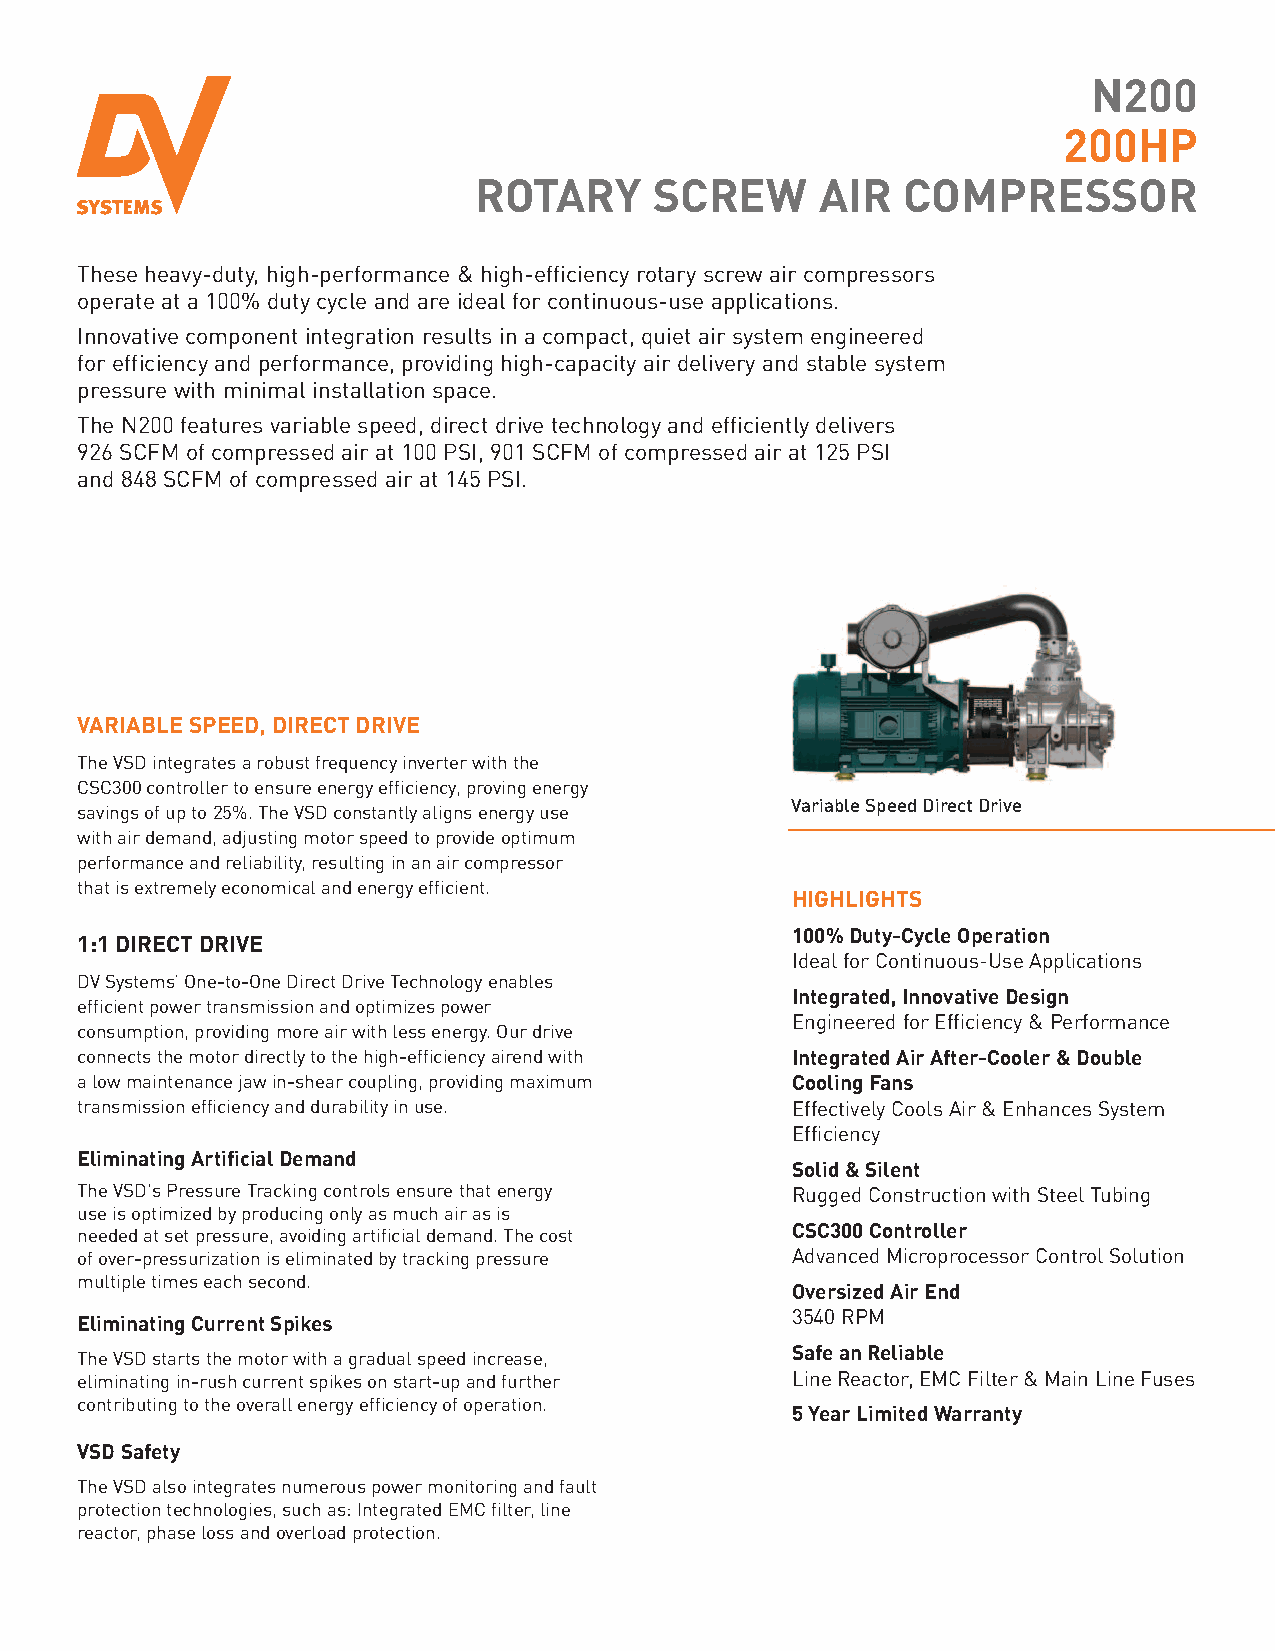
N200
 200HP
 ROTARY      SCREW      AIR   COMPRESSOR
 These heavy-duty, high-performance & high-efficiency rotary screw air compressors
 operate at a 100% duty cycle and are ideal for continuous-use applications.
 Innovative component integration results in a compact, quiet air system engineered
 for efficiency and performance, providing high-capacity air delivery and stable system
 pressure with minimal installation space.
 The N200 features variable speed, direct drive technology and efficiently delivers
 926 SCFM of compressed air at 100 PSI, 901 SCFM of compressed air at 125 PSI
 and 848 SCFM of compressed air at 145 PSI.
 VARIABLE SPEED, DIRECT DRIVE
 The VSD integrates a robust frequency inverter with the
 CSC300 controller to ensure energy efficiency, proving energy
 Variable Speed Direct Drive
 savings of up to 25%. The VSD constantly aligns energy use
 with air demand, adjusting motor speed to provide optimum
 performance and reliability, resulting in an air compressor
 that is extremely economical and energy efficient.
 HIGHLIGHTS
 100% Duty-Cycle Operation
 1:1 DIRECT DRIVE
 Ideal for Continuous-Use Applications
 DV Systems’ One-to-One Direct Drive Technology enables
 Integrated, Innovative Design
 efficient power transmission and optimizes power
 Engineered for Efficiency & Performance
 consumption, providing more air with less energy. Our drive
 connects the motor directly to the high-efficiency airend with Integrated Air After-Cooler & Double
 a low maintenance jaw in-shear coupling, providing maximum Cooling Fans
 transmission efficiency and durability in use. Effectively Cools Air & Enhances System
 Efficiency
 Eliminating Artificial Demand
 Solid & Silent
 The VSD's Pressure Tracking controls ensure that energy Rugged Construction with Steel Tubing
 use is optimized by producing only as much air as is
 CSC300 Controller
 needed at set pressure, avoiding artificial demand. The cost
 of over-pressurization is eliminated by tracking pressure Advanced Microprocessor Control Solution
 multiple times each second.
 Oversized Air End
 3540 RPM
 Eliminating Current Spikes
 Safe an Reliable
 The VSD starts the motor with a gradual speed increase,
 eliminating in-rush current spikes on start-up and further Line Reactor, EMC Filter & Main Line Fuses
 contributing to the overall energy efficiency of operation.
 5 Year Limited Warranty
 VSD Safety
 The VSD also integrates numerous power monitoring and fault
 protection technologies, such as: Integrated EMC filter, line
 reactor, phase loss and overload protection.